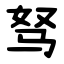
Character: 驽